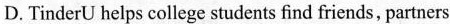
D. TinderU helps college students find friends, partners